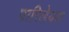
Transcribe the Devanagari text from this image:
पारिलेयक